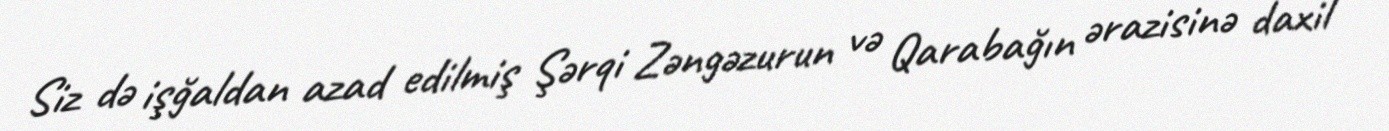
Siz də işğaldan azad edilmiş Şərqi Zəngəzurun və Qarabağın ərazisinə daxil